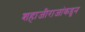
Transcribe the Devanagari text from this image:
शहाजीराजांकडून